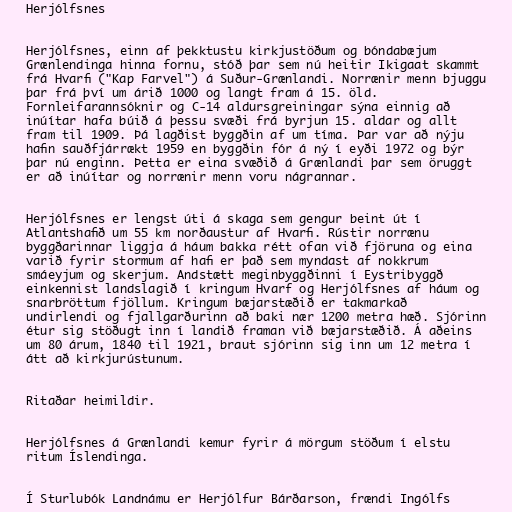
Herjólfsnes

Herjólfsnes, einn af þekktustu kirkjustöðum og bóndabæjum
Grænlendinga hinna fornu, stóð þar sem nú heitir Ikigaat skammt
frá Hvarfi ("Kap Farvel") á Suður-Grænlandi. Norrænir menn bjuggu
þar frá því um árið 1000 og langt fram á 15. öld.
Fornleifarannsóknir og C-14 aldursgreiningar sýna einnig að
inúítar hafa búið á þessu svæði frá byrjun 15. aldar og allt
fram til 1909. Þá lagðist byggðin af um tíma. Þar var að nýju
hafin sauðfjárrækt 1959 en byggðin fór á ný í eyði 1972 og býr
þar nú enginn. Þetta er eina svæðið á Grænlandi þar sem öruggt
er að inúítar og norrænir menn voru nágrannar.

Herjólfsnes er lengst úti á skaga sem gengur beint út í
Atlantshafið um 55 km norðaustur af Hvarfi. Rústir norrænu
byggðarinnar liggja á háum bakka rétt ofan við fjöruna og eina
varið fyrir stormum af hafi er það sem myndast af nokkrum
smáeyjum og skerjum. Andstætt meginbyggðinni í Eystribyggð
einkennist landslagið í kringum Hvarf og Herjólfsnes af háum og
snarbröttum fjöllum. Kringum bæjarstæðið er takmarkað
undirlendi og fjallgarðurinn að baki nær 1200 metra hæð. Sjórinn
étur sig stöðugt inn í landið framan við bæjarstæðið. Á aðeins
um 80 árum, 1840 til 1921, braut sjórinn sig inn um 12 metra í
átt að kirkjurústunum.

Ritaðar heimildir.

Herjólfsnes á Grænlandi kemur fyrir á mörgum stöðum í elstu
ritum Íslendinga.

Í Sturlubók Landnámu er Herjólfur Bárðarson, frændi Ingólfs